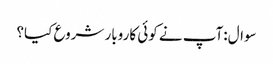
سوال:آپ نے کوئی کاروبار شروع کیا؟